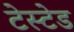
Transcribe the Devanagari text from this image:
टेस्टेड